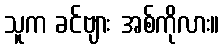
သူက ခင်ဗျား အစ်ကိုလား။